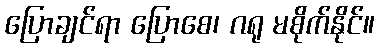
ပြောချင်ရာ ပြောစေ၊ ဂရု မစိုက်နိုင်။